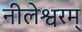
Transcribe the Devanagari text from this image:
नीलेश्वरम्